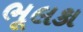
ભૂલકા